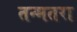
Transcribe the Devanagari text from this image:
तन्मतरा